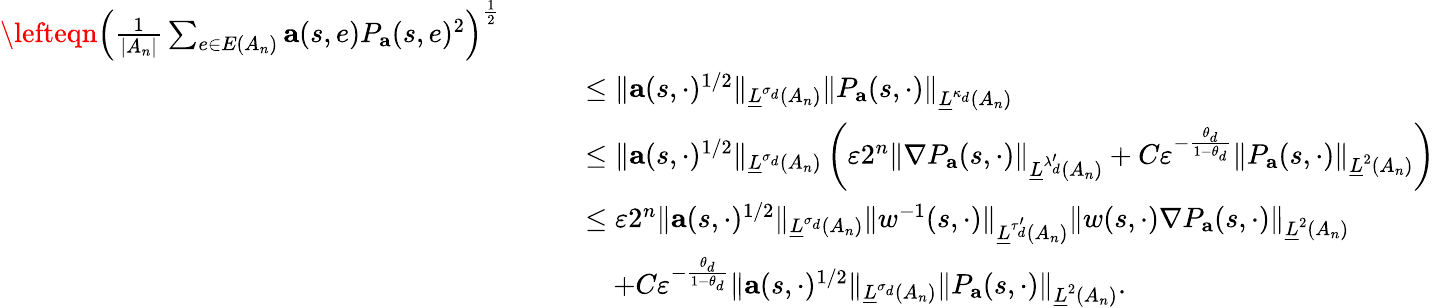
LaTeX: \begin{array}{rl}{\lefteqn{\left(\frac{1}{\left|A_{n}\right|}\sum_{e\in E\left(A_{n}\right)}\mathbf{a}(s,e)P_{\mathbf{a}}(s,e)^{2}\right)^{\frac 12}}\qquad}&{}\\ &{\leq\| \mathbf{a}(s,\cdot)^{1/2}\| _{\underline{{L}}^{\sigma_{d}}\left(A_{n}\right)}\left\| P_{\mathbf{a}}(s,\cdot)\right\| _{\underline{{L}}^{\kappa_{d}}\left(A_{n}\right)}}\\ &{\leq\| \mathbf{a}(s,\cdot)^{1/2}\| _{\underline{{L}}^{\sigma_{d}}\left(A_{n}\right)}\left(\varepsilon 2^{n}\left\| \nabla P_{\mathbf{a}}(s,\cdot)\right\| _{\underline{{L}}^{\lambda_{d}^{\prime}}\left(A_{n}\right)}+C\varepsilon^{-\frac{\theta_{d}}{1-\theta_{d}}}\left\| P_{\mathbf{a}}(s,\cdot)\right\| _{\underline{{L}}^{2}(A_{n})}\right)}\\ &{\leq\varepsilon 2^{n}\| \mathbf{a}(s,\cdot)^{1/2}\| _{\underline{{L}}^{\sigma_{d}}\left(A_{n}\right)}\| w^{-1}(s,\cdot)\| _{\underline{{L}}^{\tau_{d}^{\prime}}\left(A_{n}\right)}\left\| w(s,\cdot)\nabla P_{\mathbf{a}}(s,\cdot)\right\| _{\underline{{L}}^{2}(A_{n})}}\\ &{\quad+C\varepsilon^{-\frac{\theta_{d}}{1-\theta_{d}}}\| \mathbf{a}(s,\cdot)^{1/2}\| _{\underline{{L}}^{\sigma_{d}}\left(A_{n}\right)}\left\| P_{\mathbf{a}}(s,\cdot)\right\| _{\underline{{L}}^{2}(A_{n})}.}\end{array}